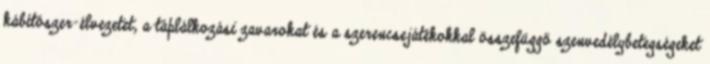
kábítószer-élvezetet, a táplálkozási zavarokat és a szerencsejátékokkal összefüggő szenvedélybetegségeket